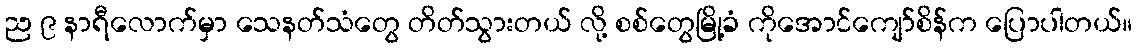
ည ၉ နာရီလောက်မှာ သေနတ်သံတွေ တိတ်သွားတယ် လို့ စစ်တွေမြို့ခံ ကိုအောင်ကျော်စိန်က ပြောပါတယ်။